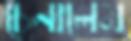
চেনালেম